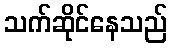
သက်ဆိုင်နေသည်